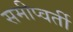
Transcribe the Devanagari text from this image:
समीप्वर्ती